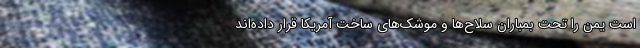
است یمن را تحت بمباران سلاح‌ها و موشک‌های ساخت آمریکا قرار داده‌اند